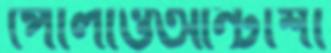
পোলাওআন্টাশা